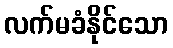
လက်မခံနိုင်သော